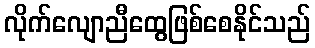
လိုက်လျောညီထွေဖြစ်စေနိုင်သည်